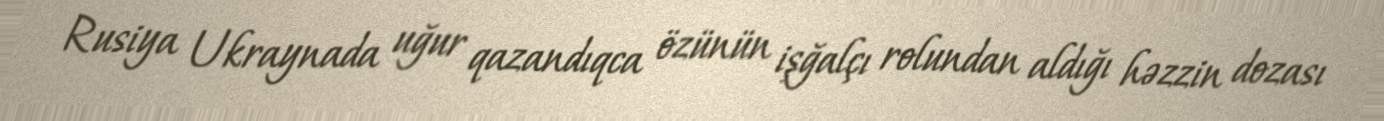
Rusiya Ukraynada uğur qazandıqca özünün işğalçı rolundan aldığı həzzin dozası